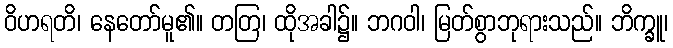
ဝိဟရတိ၊ နေတော်မူ၏။ တတြ၊ ထိုအခါ၌။ ဘဂဝါ၊ မြတ်စွာဘုရားသည်။ ဘိက္ခူ၊